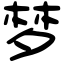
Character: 梦